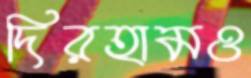
দিরহামও